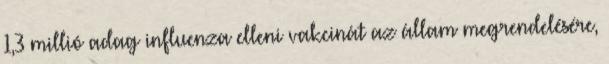
1,3 millió adag influenza elleni vakcinát az állam megrendelésére,